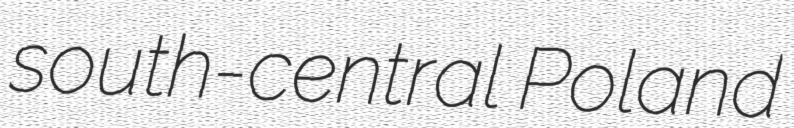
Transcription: south-central Poland